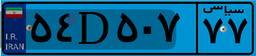
۱۱D۴۸۹۳۲